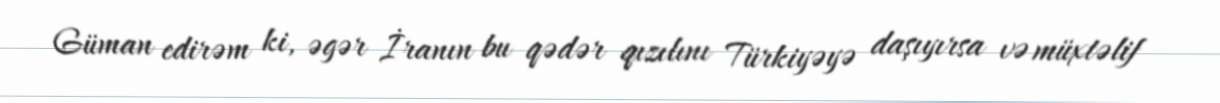
Güman edirəm ki, əgər İranın bu qədər qızılını Türkiyəyə daşıyırsa və müxtəlif